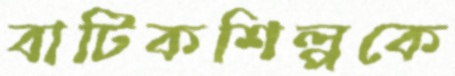
বাটিকশিল্পকে